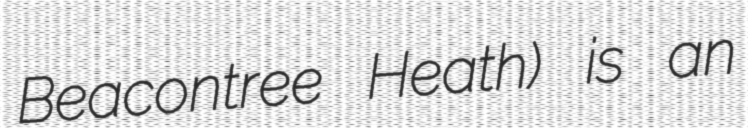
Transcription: Beacontree Heath) is an